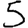
Digit: 5